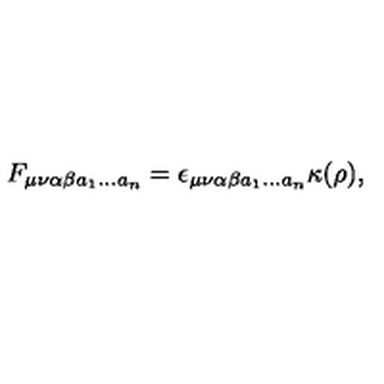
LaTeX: F _ { \mu \nu \alpha \beta a _ { 1 } \dots a _ { n } } = \epsilon _ { \mu \nu \alpha \beta a _ { 1 } \dots a _ { n } } \kappa ( \rho ) ,